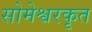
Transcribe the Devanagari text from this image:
सोमेश्वरकृत